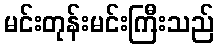
မင်းတုန်းမင်းကြီးသည်